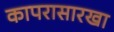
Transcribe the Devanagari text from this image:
कापरासारखा